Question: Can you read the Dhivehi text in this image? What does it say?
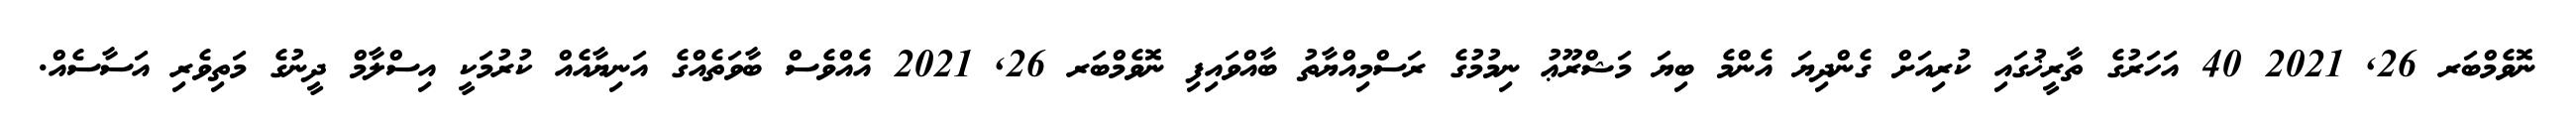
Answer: ނޮވެމްބަރ 26, 2021 40 އަހަރުގެ ތާރީޚުގައި ކުރިއަށް ގެންދިޔަ އެންމެ ބިޔަ މަޝްރޫޢު ނިމުމުގެ ރަސްމިއްޔާތު ބާއްވައިފި ނޮވެމްބަރ 26, 2021 އެއްވެސް ބާވަތެއްގެ އަނިޔާއެއް ކުރުމަކީ އިސްލާމް ދީނުގެ މަތިވެރި އަސާސެއް.